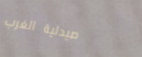
صيدلية الغرب